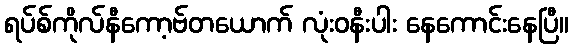
ရပ်စ်ကိုလ်နီကော့ဗ်တယောက် လုံးဝနီးပါး နေကောင်းနေပြီ။